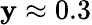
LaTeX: \mathbf{y}\approx0.3